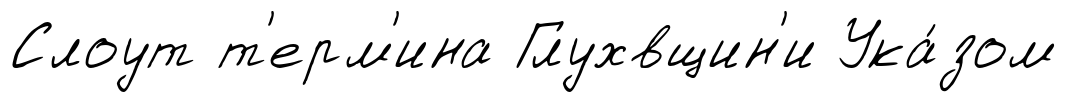
Слоут т'ерм'ина Глухвщин'и Ука́зом